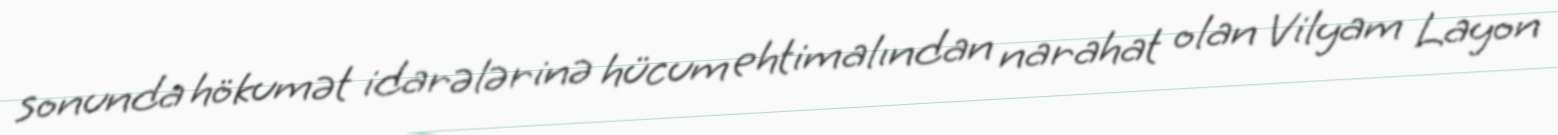
sonunda hökumət idarələrinə hücum ehtimalından narahat olan Vilyam Layon